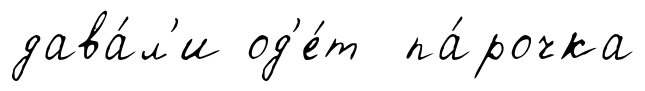
дава́л'и од'е́т па́рочка